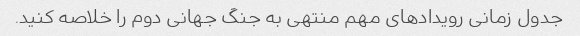
جدول زمانی رویدادهای مهم منتهی به جنگ جهانی دوم را خلاصه کنید.